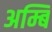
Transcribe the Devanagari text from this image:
अम्बि